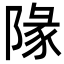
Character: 䧘